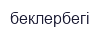
беклербегі